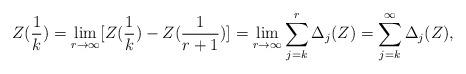
LaTeX: \begin{align*}Z(\frac{1}{k})=\lim_{ r \rightarrow \infty}[Z(\frac{1}{k})-Z(\frac{1}{r+1})] = \lim_{r \rightarrow \infty} \sum_{j=k}^r\Delta_j(Z)=\sum_{j=k}^{\infty}\Delta_j(Z),\end{align*}